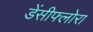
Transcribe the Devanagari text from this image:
डेंसीफ्लोरा